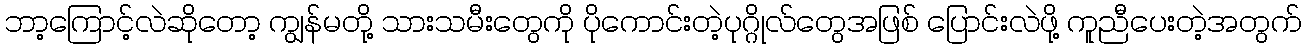
ဘာ့ကြောင့်လဲဆိုတော့ ကျွန်မတို့ သားသမီးတွေကို ပိုကောင်းတဲ့ပုဂ္ဂိုလ်တွေအဖြစ် ပြောင်းလဲဖို့ ကူညီပေးတဲ့အတွက်